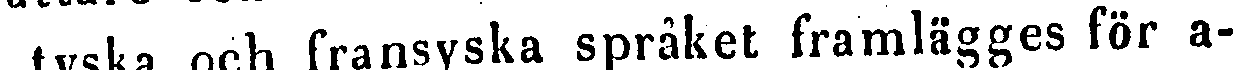
i tyska och fransyska språket framlägges för a-